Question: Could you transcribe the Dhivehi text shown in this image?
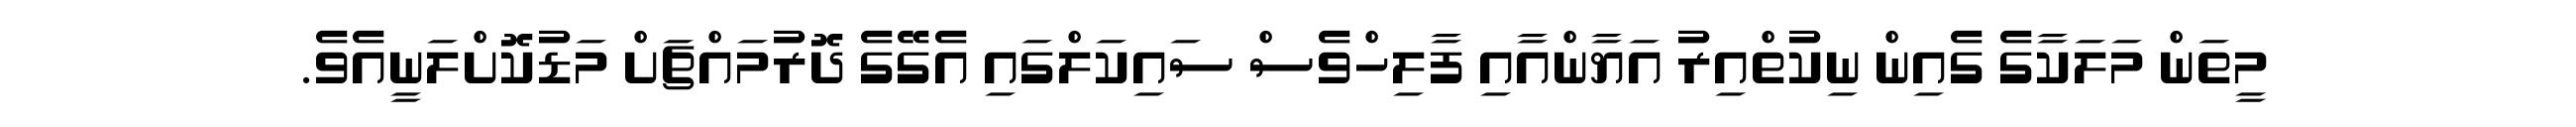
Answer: މީތަން މަލަކާގެ ގެއިން ނިކުތްއިރު އަޔާންއާއި ފާލިހްވެސް ސައިކަލްގައި އެގޭގެ ދޮރުމައްޗަށް މަޑުކޮށްލަނީއެވެ.